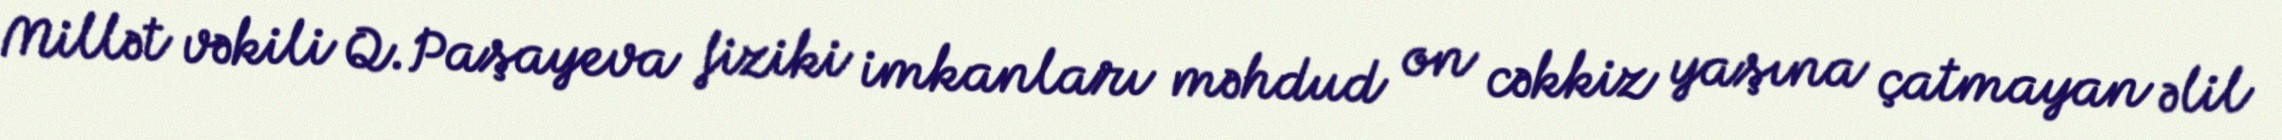
Millət vəkili Q.Paşayeva fiziki imkanları məhdud on cəkkiz yaşına çatmayan əlil